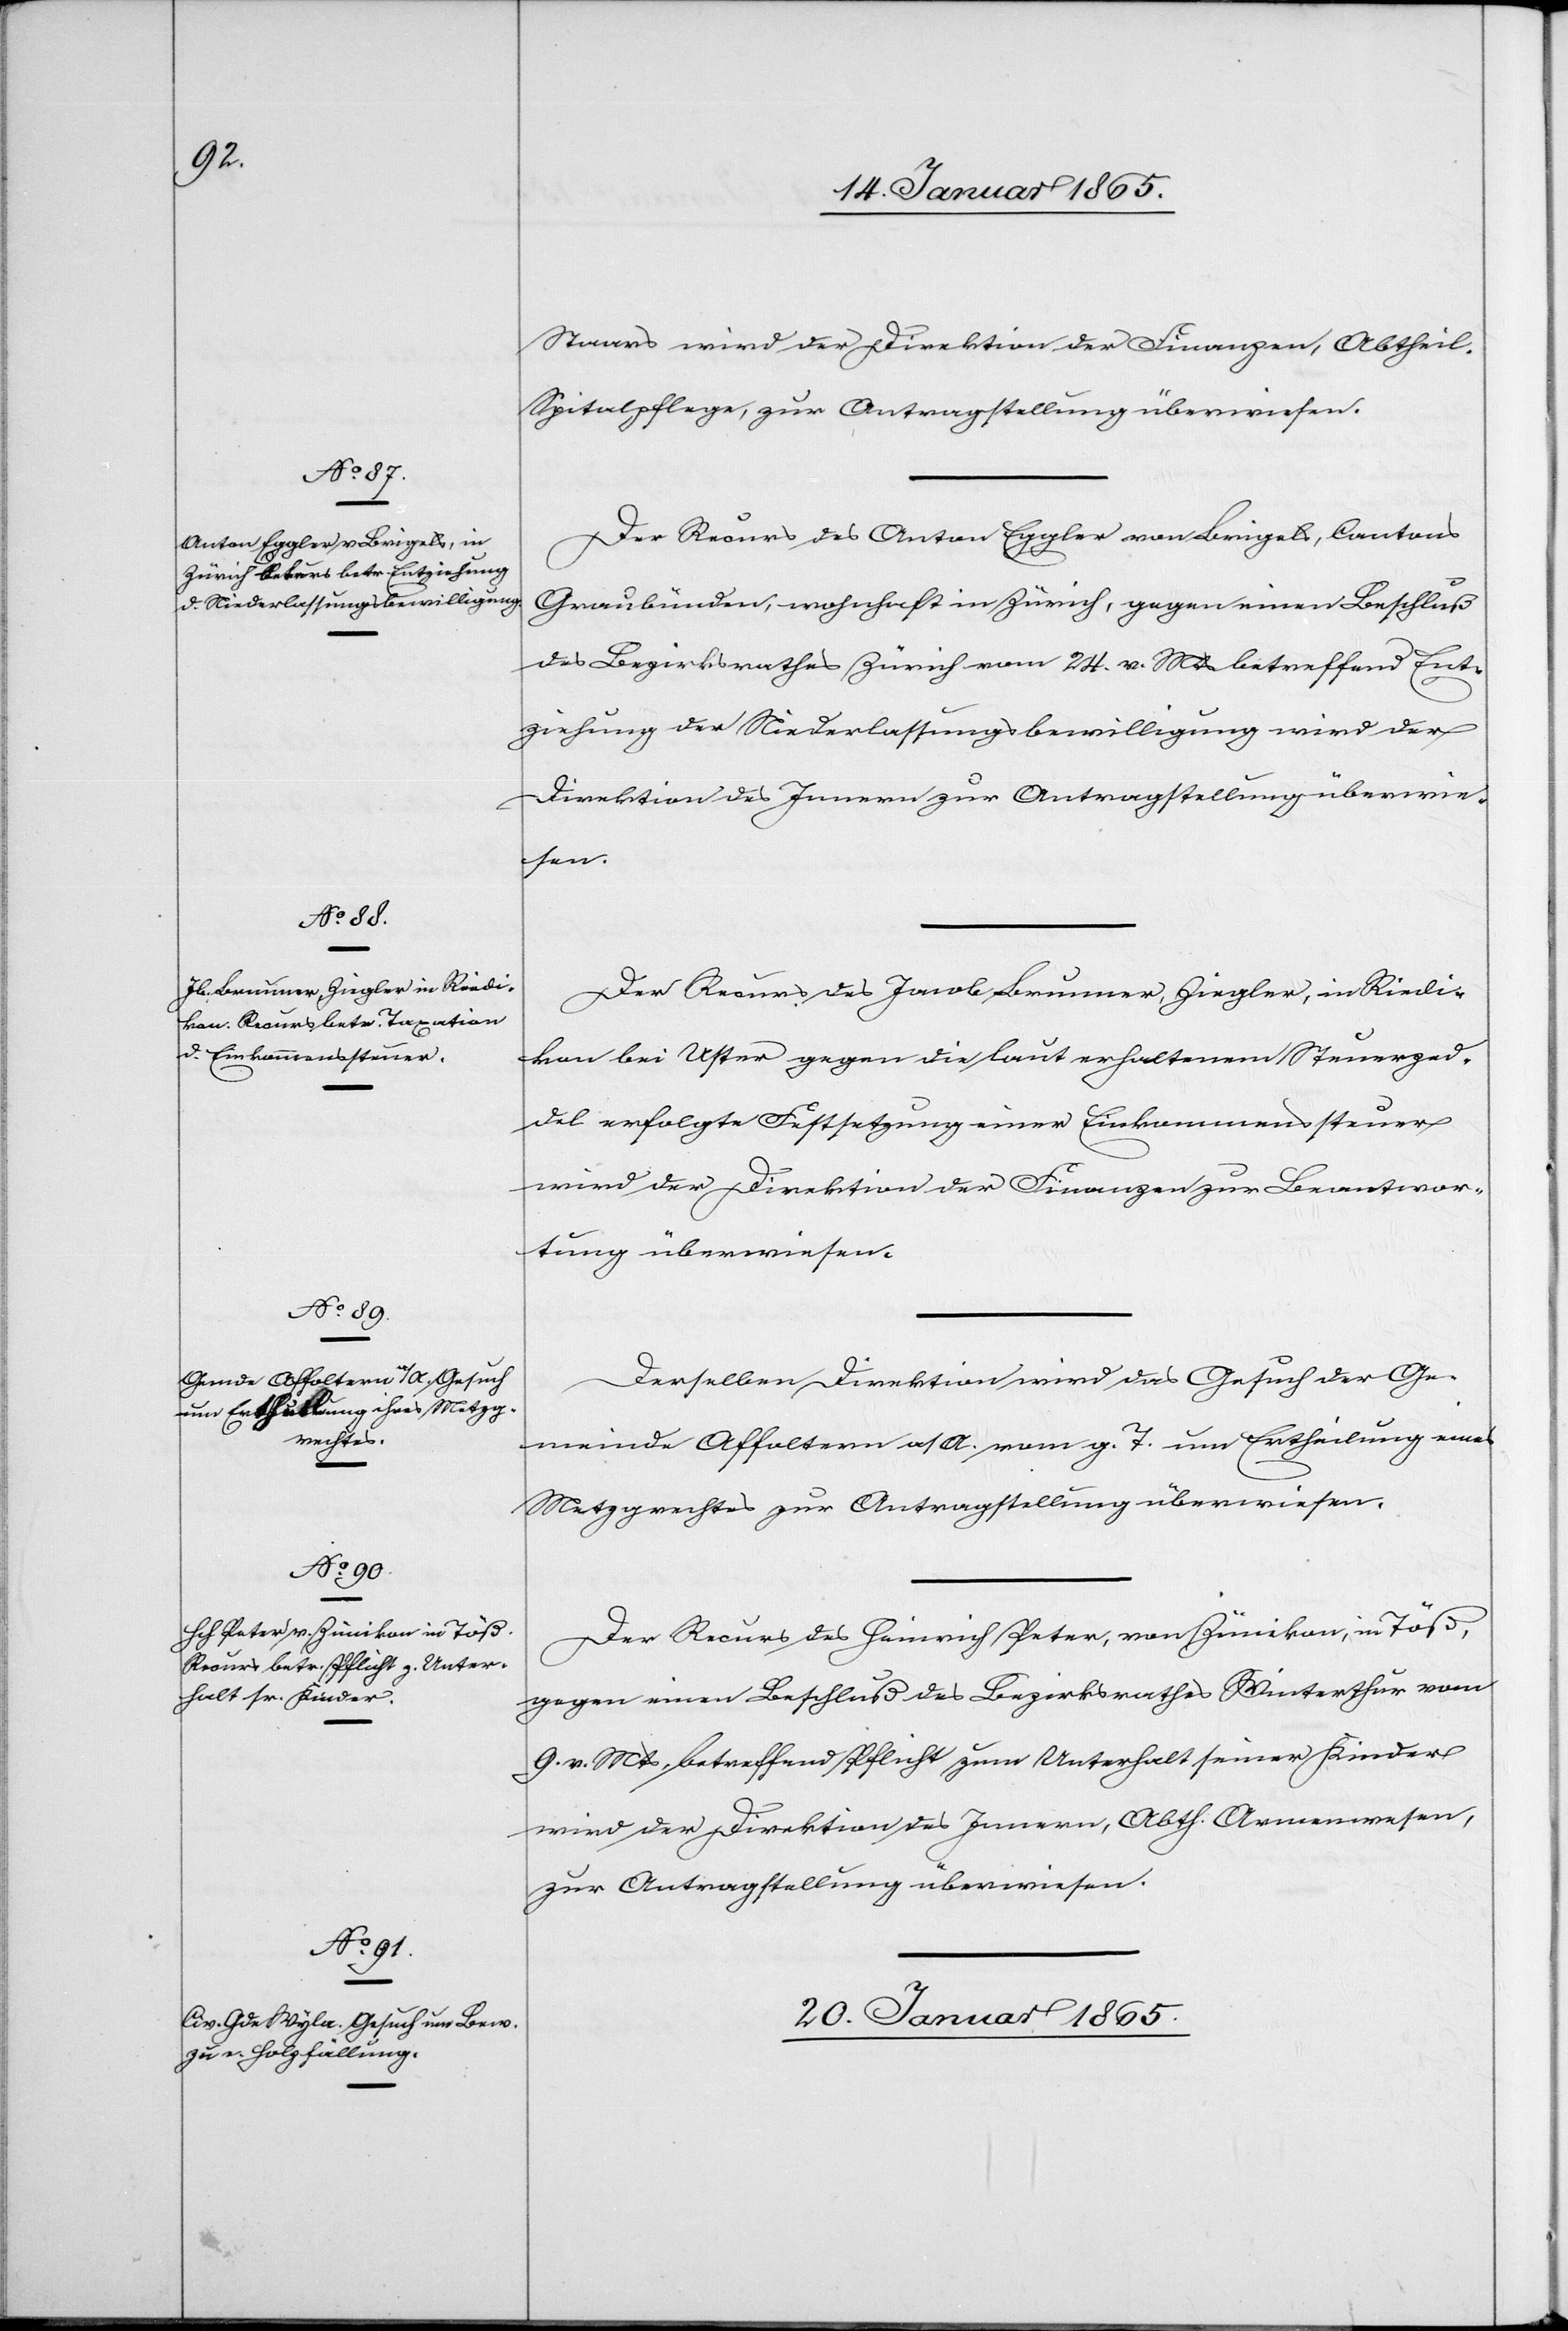
19. Januar 1865.]
Staars wird der Direktion der Finanzen, Abtheil.
Spitalpflege, zur Antragstellung überwiesen.
Der Recurs des Anton Eggler von Brigels, Cantons
Graubünden, wohnhaft in Zürich, gegen einen Beschluß
des Bezirksrathes Zürich vom 24. v. Mts betreffend Ent¬
ziehung der Niederlassungsbewilligung wird der
Direktion des Innern zur Antragstellung überwie¬
sen.
Der Recurs des Jacob Brunner, Ziegler, in Riedi¬
kon bei Uster gegen die laut erhaltenem Steuerzed¬
del erfolgte Festsetzung einer Einkommenssteuer
wird der Direktion der Finanzen zur Beantwor¬
tung überwiesen.
Derselben Direktion wird das Gesuch der Ge¬
meinde Affoltern a/A. vom g. T. um Ertheilung eines
Metzgrechtes zur Antragstellung überwiesen.
Der Recurs des Heinrich Peter, von Zümikon, in Töß,
gegen einen Beschluß des Bezirksrathes Winterthur vom
9. v. Mts, betreffend Pflicht zum Unterhalt seiner Kinder
wird der Direktion des Innern, Abth. Armenwesen,
zur Antragstellung überwiesen.
20. Januar 1865.